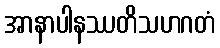
အာနာပါနဿတိသဟဂတံ